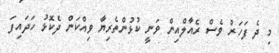
މި ދެ ފަހަރު ވެސް ރެއާލްއިން ވަނީ ކުޅުންތެރިޔާ ވިއްކަން ދެކޮޅު ހަދައިފަ